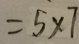
= 5 \times 7